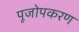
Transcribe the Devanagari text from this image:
पूजोपकरण